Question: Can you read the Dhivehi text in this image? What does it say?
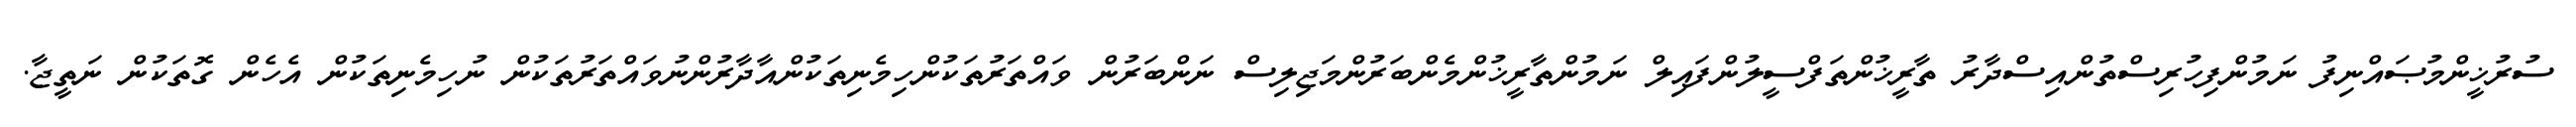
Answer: ސުރުޚީންމުޞައްނިފު ނަމުންފިހުރިސްތުންއިސްދާރު ތާރީޚުންތަފްސީލުންފައިލް ނަމުންތާރީޚުންމެންބަރުންމަޖިލިސް ނަންބަރުން ވައްތަރުތަކުންހިމެނިތަކުންއާދާރުންނުވައްތަރުތަކުން ނުހިމެނިތަކުން އެހެން ގޮތަކުން ނަތީޖާ.